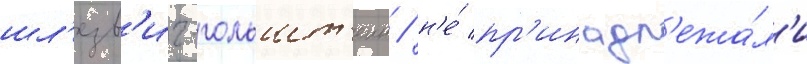
шл'езв'иг-гольшт'еин / н'е́ пр'инадл'ежа́л'и